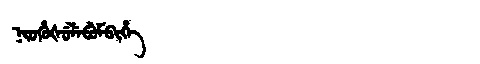
Manchu: ᠨᡳᠣᡥᡠᡧᡠᠯᡝᠪᡠᠮᠪᡳᡥᡝ
Romanization: NIOHUŠULEBUMBIHE